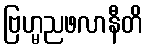
ဗြဟ္မညဖလာနီတိ